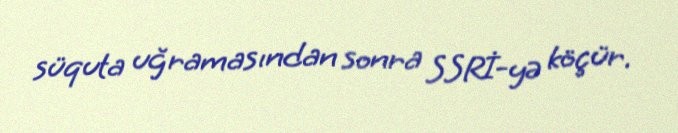
süquta uğramasından sonra SSRİ-yə köçür.